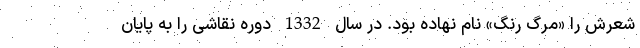
شعرش را «مرگ رنگ» نام نهاده بود. در سال 1332 دوره نقاشی را به پایان